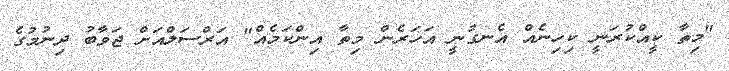
"މިތާ ކީއްކުރަނީ ކިހިނެއް އެނގުނީ އަހަރެން މިތާ އިންކަމެއް" އަރްސަލްއަށް ޖަވާބު ދިނުމުގެ